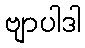
ဗျာပါဒါ